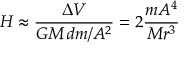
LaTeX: H \approx { \frac { \Delta V } { G M \, d m / A ^ { 2 } } } = 2 { \frac { m A ^ { 4 } } { M r ^ { 3 } } }